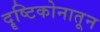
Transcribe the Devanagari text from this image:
दॄष्टिकोनातून